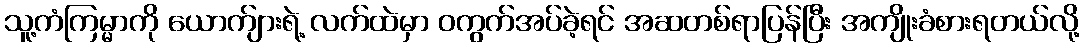
သူ့ကံကြမ္မာကို ယောက်ျားရဲ့ လက်ထဲမှာ ဝကွက်အပ်ခဲ့ရင် အဆတစ်ရာပြန်ပြီး အကျိုးခံစားရတယ်လို့